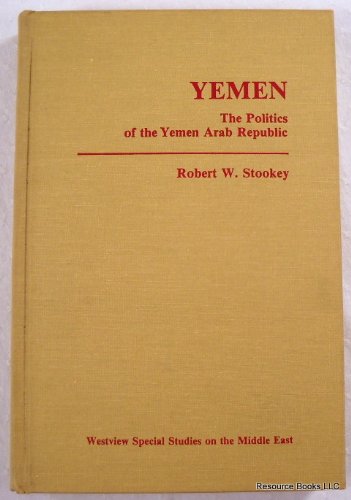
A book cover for Yemen: The politics of the Yemen Arab Republic (Westview special studies on the Middle East); Robert W Stookey; History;